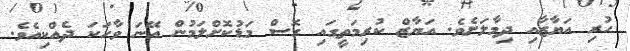
ހުރި އަޔާޒާއި ދިމާލަށެވެ. އަޔާޒް ކުރިމަތީގައި ގޮސް މަޑުކޮށްލަމުން އޭނަ ވާހަކަ ދެއްކިއެވެ.